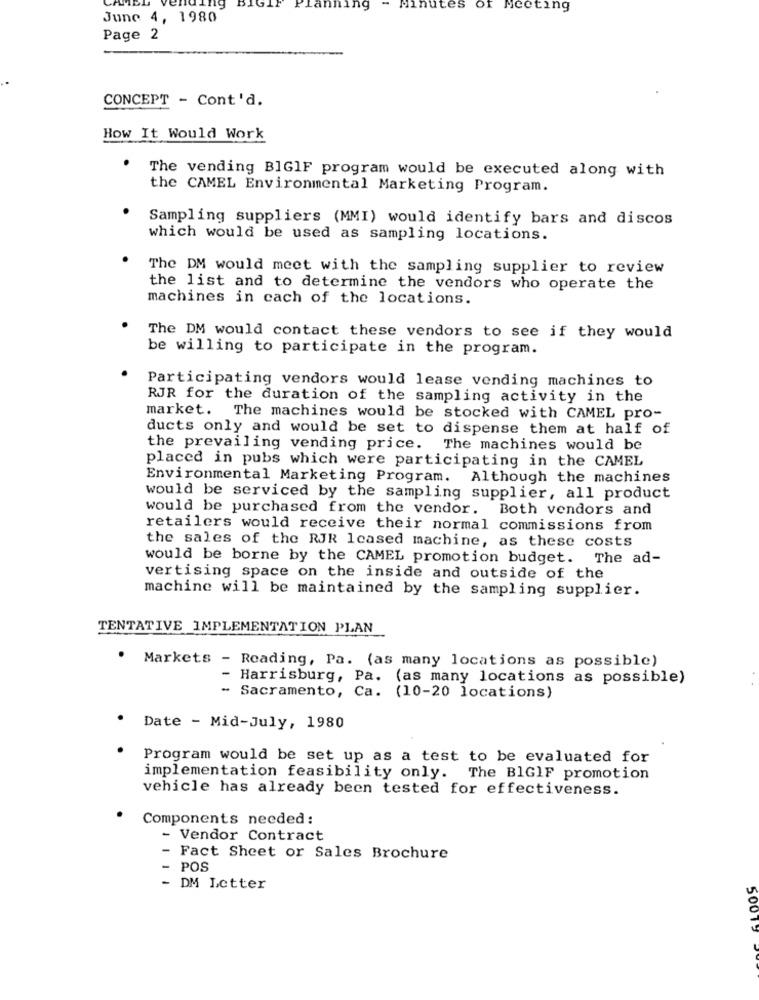
tes
Of
Meeting
June 4, 1980
Page 2
CONCEPT - Cont'd.
How It Would Work
.
The vending BIGIF program would be executed along with
the CAMEL Environmental Marketing Program.
Sampling suppliers (MMI) would identify bars and discos
which would be used as sampling locations.
The DM would meet with the sampling supplier to review
the list and to determine the vendors who operate the
machines in cach of the locations.
The DM would contact these vendors to see if they would
be willing to participate in the program.
Participating vendors would lease vending machines to
RJR for the duration of the sampling activity in the
market. The machines would be stocked with CAMEL pro-
ducts only and would be set to dispense them at half of
the prevailing vending price. The machines would be
placed in pubs which were participating in the CAMEL
Environmental Marketing Program. Although the machines
would be serviced by the sampling supplier, all product
would be purchased from the vendor. Both vendors and
retailers would receive their normal commissions from
the sales of the RJR lcased machine, as these costs
would be borne by the CAMEL promotion budget. The ad-
vertising space on the inside and outside of the
machine will be maintained by the sampling supplier.
TENTATIVE IMPLEMENTATION PLAN
Markets - Reading, Pa. (as many locations as possible)
- Harrisburg, Pa. (as many locations as possible)
- Sacramento, Ca. (10-20 locations)
Date - Mid-July, 1980
Program would be set up as a test to be evaluated for
implementation feasibility only. The BIGIF promotion
vehicle has already been tested for effectiveness.
Components needed:
- Vendor Contract
-
Fact Sheet or Sales Brochure
-
POS
- DM Letter
50013